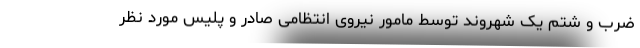
ضرب و شتم یک شهروند توسط مامور نیروی انتظامی صادر و پلیس مورد نظر